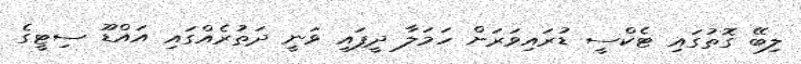
ލިބޭ ގޮތުގައި ޓެކްސީ ޑުރައިވަރަށް ހަމަލާ ދީފައި ވަނީ ދަތުރެއްގައި އައްޑޫ ސިޓީގެ